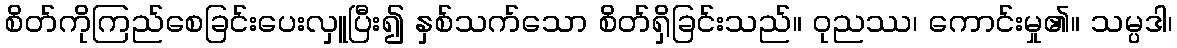
စိတ်ကိုကြည်စေခြင်းပေးလှူပြီး၍ နှစ်သက်သော စိတ်ရှိခြင်းသည်။ ဝုညဿ၊ ကောင်းမှု၏။ သမ္ပဒါ၊